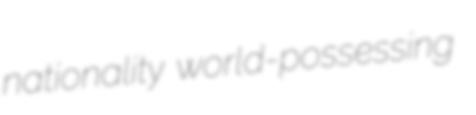
nationality world-possessing